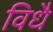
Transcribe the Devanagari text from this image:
विधै